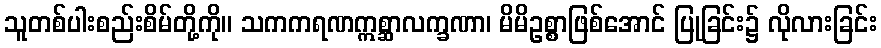
သူတစ်ပါးစည်းစိမ်တို့ကို။ သကကရဏဣစ္ဆာလက္ခဏာ၊ မိမိဥစ္စာဖြစ်အောင် ပြုခြင်း၌ လိုလားခြင်း